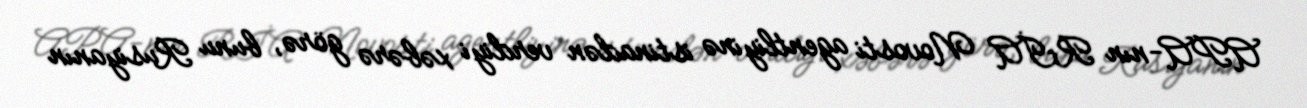
APA-nın RİA Novosti agentliyinə istinadən verdiyi xəbərə görə, bunu Rusiyanın